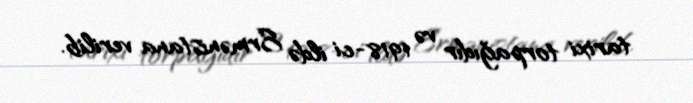
tarixi torpağıdır və 1918-ci ildə Ermənistana verilib.